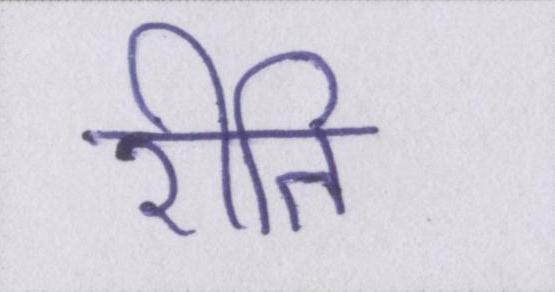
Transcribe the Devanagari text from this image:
रीति